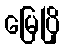
မြေပြို